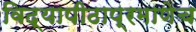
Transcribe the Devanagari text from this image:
विद्यापीठाप्रमाणेच